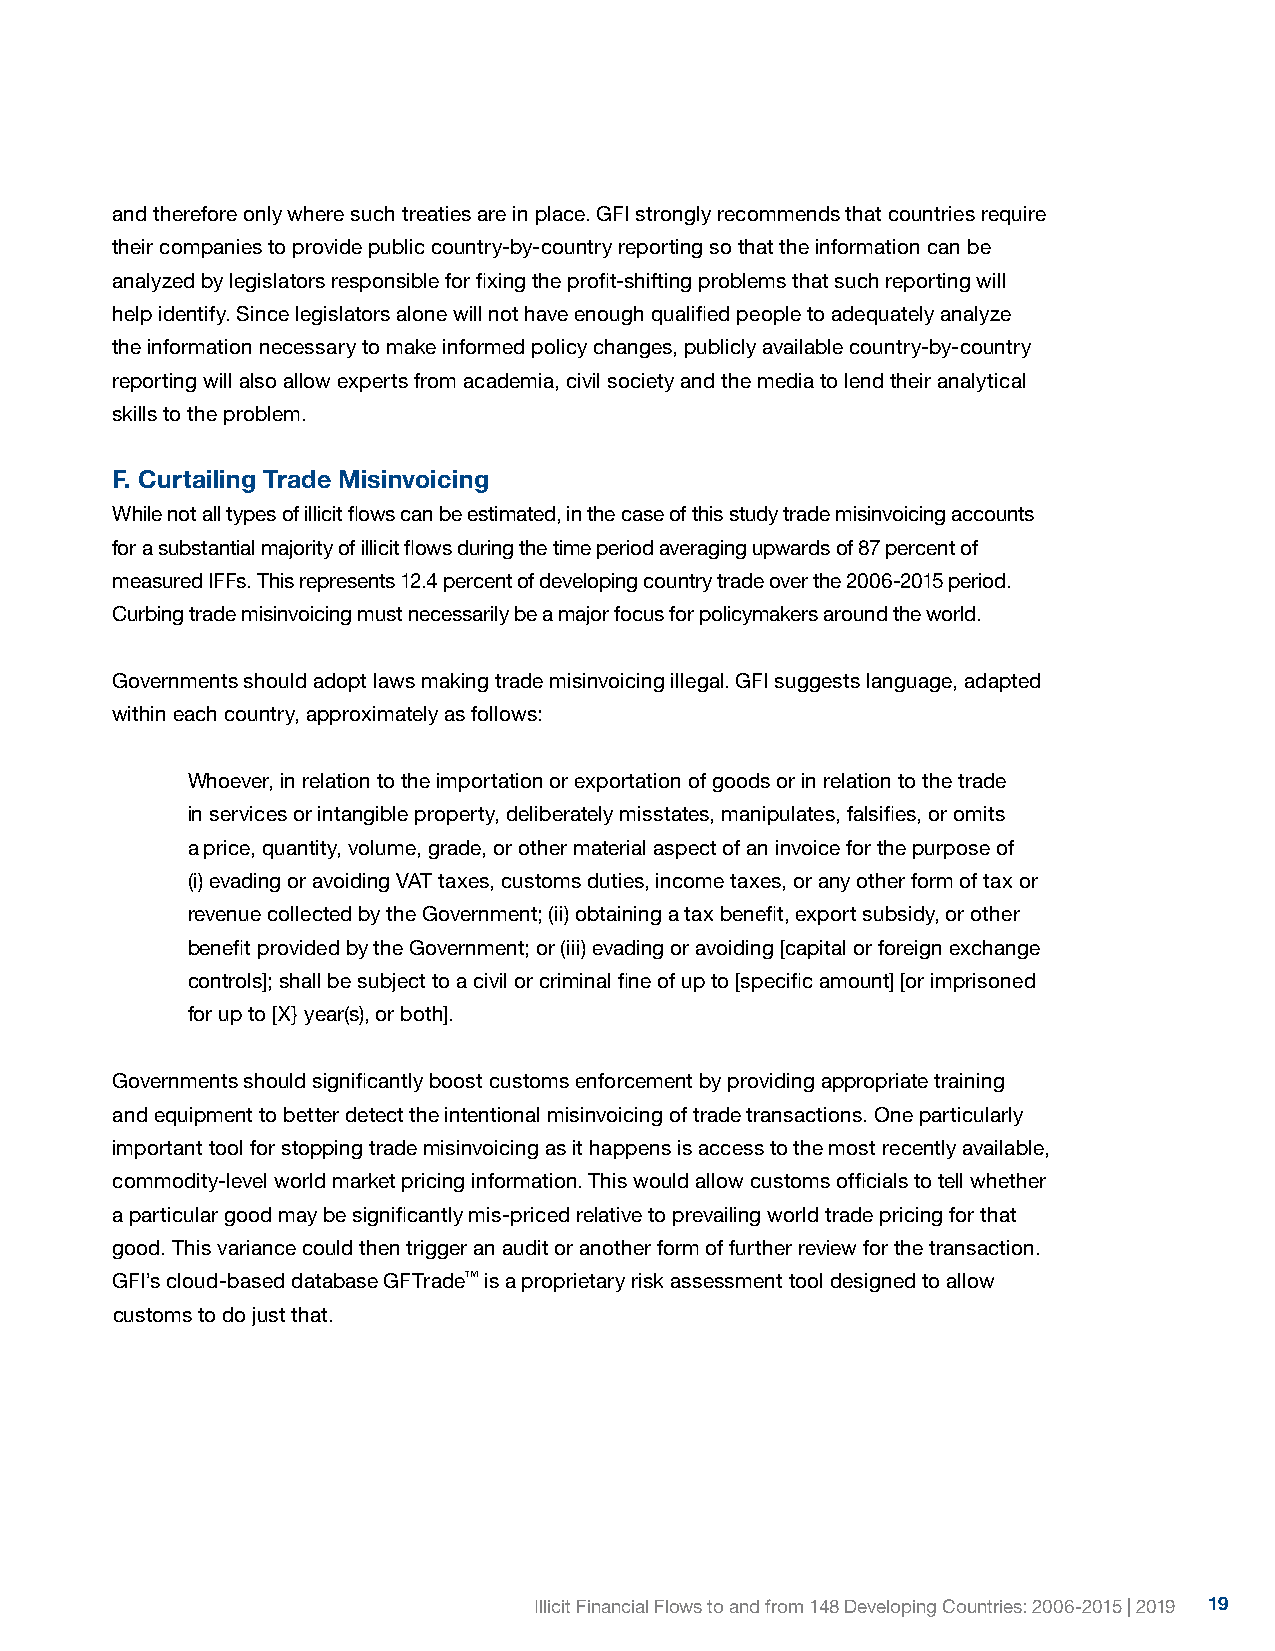
and therefore only where such treaties are in place. GFI strongly recommends that countries require
 their companies to provide public country-by-country reporting so that the information can be
 analyzed by legislators responsible for fixing the profit-shifting problems that such reporting will
 help identify. Since legislators alone will not have enough qualified people to adequately analyze
 the information necessary to make informed policy changes, publicly available country-by-country
 reporting will also allow experts from academia, civil society and the media to lend their analytical
 skills to the problem.
 F. Curtailing Trade Misinvoicing
 While not all types of illicit flows can be estimated, in the case of this study trade misinvoicing accounts
 for a substantial majority of illicit flows during the time period averaging upwards of 87 percent of
 measured IFFs. This represents 12.4 percent of developing country trade over the 2006-2015 period.
 Curbing trade misinvoicing must necessarily be a major focus for policymakers around the world.
 Governments should adopt laws making trade misinvoicing illegal. GFI suggests language, adapted
 within each country, approximately as follows:
 Whoever, in relation to the importation or exportation of goods or in relation to the trade
 in services or intangible property, deliberately misstates, manipulates, falsifies, or omits
 a price, quantity, volume, grade, or other material aspect of an invoice for the purpose of
 (i) evading or avoiding VAT taxes, customs duties, income taxes, or any other form of tax or
 revenue collected by the Government; (ii) obtaining a tax benefit, export subsidy, or other
 benefit provided by the Government; or (iii) evading or avoiding [capital or foreign exchange
 controls]; shall be subject to a civil or criminal fine of up to [specific amount] [or imprisoned
 for up to [X} year(s), or both].
 Governments should significantly boost customs enforcement by providing appropriate training
 and equipment to better detect the intentional misinvoicing of trade transactions. One particularly
 important tool for stopping trade misinvoicing as it happens is access to the most recently available,
 commodity-level world market pricing information. This would allow customs officials to tell whether
 a particular good may be significantly mis-priced relative to prevailing world trade pricing for that
 good. This variance could then trigger an audit or another form of further review for the transaction.
 GFI’s cloud-based database GFTrade™ is a proprietary risk assessment tool designed to allow
 customs to do just that.
 Illicit Financial Flows to and from 148 Developing Countries: 2006-2015 | 2019 19